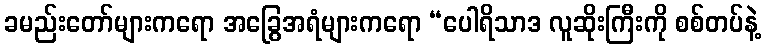
ခမည်းတော်များကရော အခြွေအရံများကရော “ပေါရိသာဒ လူဆိုးကြီးကို စစ်တပ်နဲ့